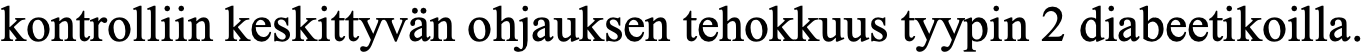
kontrolliin keskittyvän ohjauksen tehokkuus tyypin 2 diabeetikoilla.